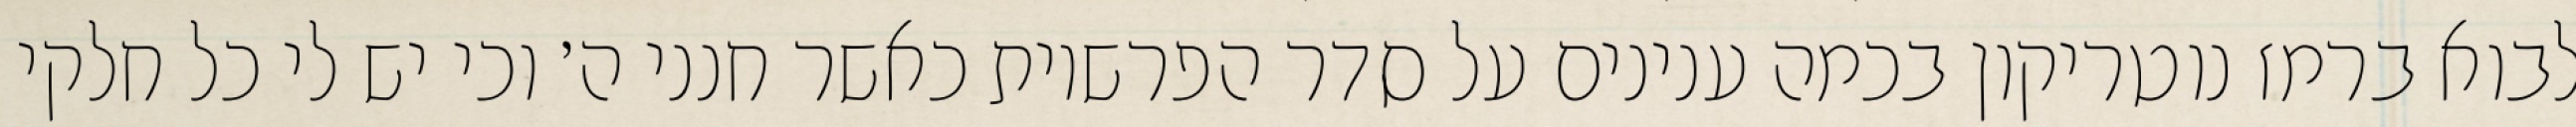
לבוא ברמז נוטריקון בכמה ענינים על סדר הפרשיות כאשר חנני ה׳ וכי יש לי כל חלקי